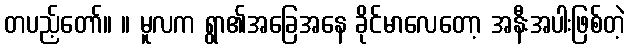
တပည့်တော်။ ။ မူလက ရွာ၏အခြေအနေ ခိုင်မာလေတော့ အနီးအပါးဖြစ်တဲ့